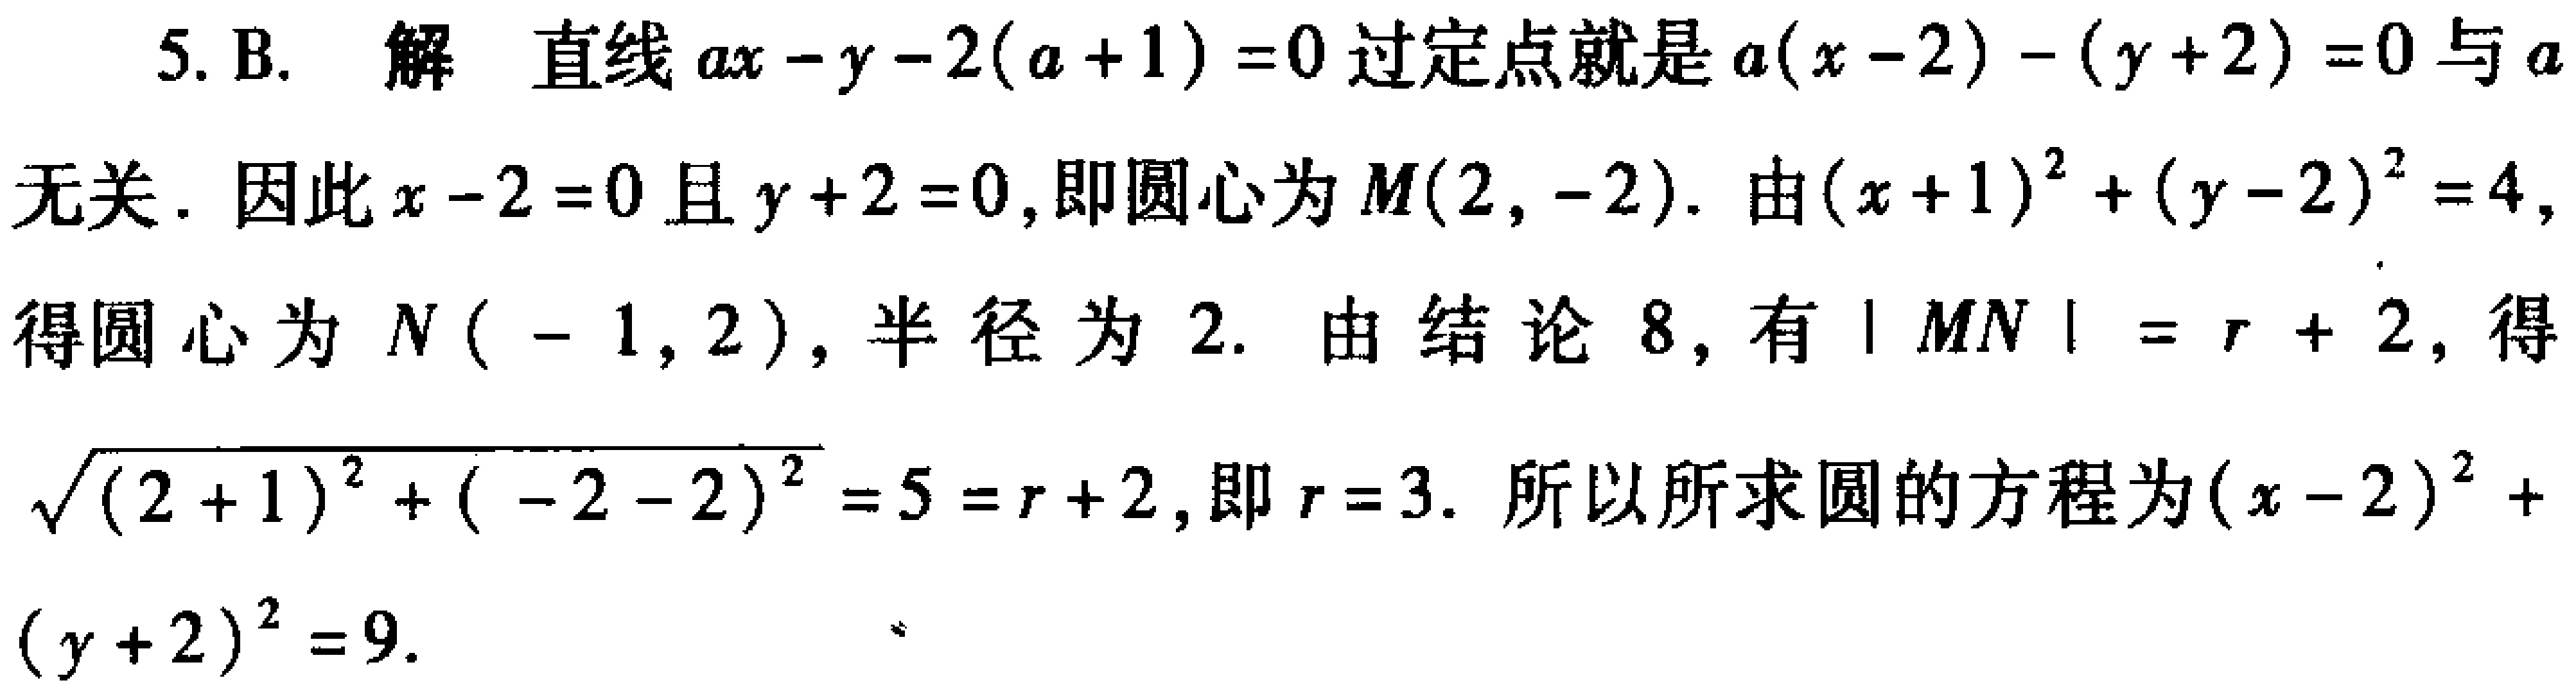
5. B. 解 直线 \(ax - y - 2(a + 1)=0\) 过定点就是 \(a(x - 2)-(y + 2)=0\) 与 \(a\) 无关. 因此 \(x - 2 = 0\) 且 \(y + 2 = 0\), 即圆心为 \(M(2,-2)\). 由 \((x + 1)^{2}+(y - 2)^{2}=4\), 得圆心为 \(N(-1,2)\), 半径为 \(2\). 由结论 8, 有 \(|MN|=r + 2\), 得 \(\sqrt{(2 + 1)^{2}+(-2 - 2)^{2}}=5=r + 2\), 即 \(r = 3\). 所以所求圆的方程为 \((x - 2)^{2}+(y + 2)^{2}=9\).